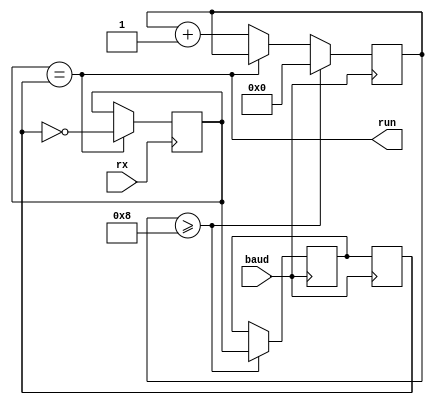
module uartRst #(
    parameter N_BITS = 9
  )(
    input baud,
    input rx,
    //output [$clog2(N_BITS+1):0] count,
    output run, //active low
  );


  reg [$clog2(N_BITS):0] counter = 0;
  //reg [4:0] counter = 0;
  reg uartStart;
  reg uartStop;

  reg clkhold;  //shutdown the baud clock after the negedge

  //assign count = counter;
  assign run = (uartStart == uartStop);

  always @(negedge rx) begin
    if(run==1) begin  //only start when inactive
      uartStart <= !uartStop;
    end
  end

  always @(posedge baud) begin
    if (counter >= (N_BITS-1)) begin
      counter <= 0;
      clkhold <= uartStart;
      //uartStop <= uartStart;
    end else begin
      if(run==0) begin  //only increment when active
        counter <= counter+1;
      end
    end
  end

  always @(negedge baud) begin
    uartStop <= clkhold;
  end

endmodule